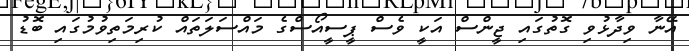
އޭނާ ވިދާޅުވި ގޮތުގައި ޖީންސް އަކީ ވެސް ޕީސީއޯސްގެ މައްސަލަތައް ކުރިމަތިވުމުގައި ބޮޑު